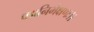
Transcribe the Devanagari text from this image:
पद्मनिभेक्षणः।।